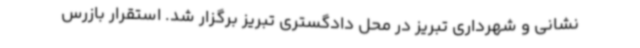
نشانی و شهرداری تبریز در محل دادگستری تبریز برگزار شد. استقرار بازرس